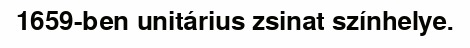
1659-ben unitárius zsinat színhelye.